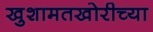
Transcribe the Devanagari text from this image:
खुशामतखोरीच्या